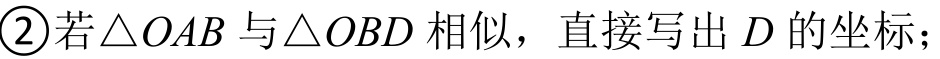
\textcircled{2}若\(\triangle OAB\) 与\(\triangle OBD\) 相似，直接写出 \(D\) 的坐标；